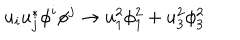
LaTeX: u _ { i } u _ { j } ^ { * } \phi ^ { i } \phi ^ { j } \rightarrow u _ { 1 } ^ { 2 } \phi _ { 1 } ^ { 2 } + u _ { 3 } ^ { 2 } \phi _ { 3 } ^ { 2 }